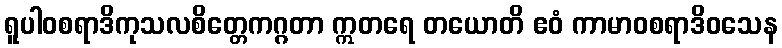
ရူပါဝစရာဒိကုသလစိတ္တေကဂ္ဂတာ ဣတရေ တယောတိ ဧဝံ ကာမာဝစရာဒိဝသေန